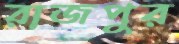
রাজপুর